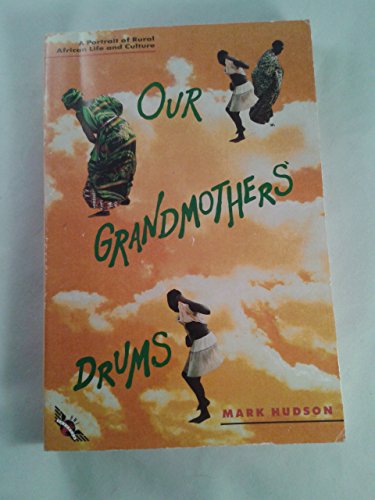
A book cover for Our Grandmothers' Drums: A Portrait of Rural African Life & Culture; Mark Hudson; Travel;